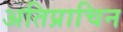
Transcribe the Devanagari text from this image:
अतिप्राचिन